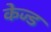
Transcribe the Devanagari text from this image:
केज्ड